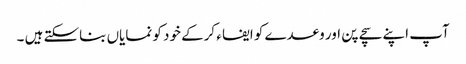
آپ اپنے سچے پن اور وعدے کو ایفا ء کرکے خود کو نمایاں بناسکتے ہیں ۔